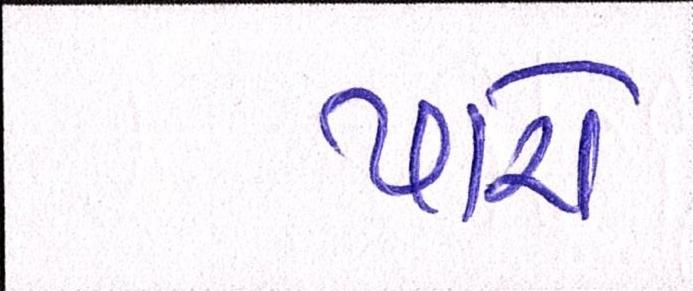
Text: પારો